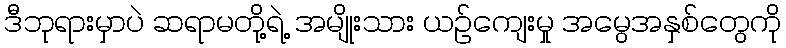
ဒီဘုရားမှာပဲ ဆရာမတို့ရဲ့ အမျိုးသား ယဉ်ကျေးမှု အမွေအနှစ်တွေကို